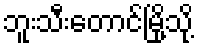
ဘူးသီးတောင်မြို့သို့